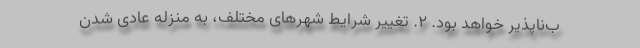
ب‌ناپذیر خواهد بود. ۲. تغییر شرایط شهر‌های مختلف، به منزله عادی شدن